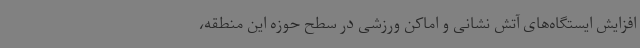
افزایش ایستگاه‌های آتش نشانی و اماکن ورزشی در سطح حوزه این منطقه،